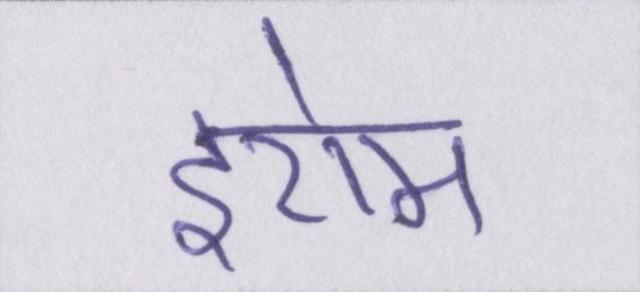
इरोम